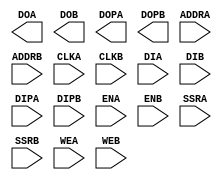
// $Header: /devl/xcs/repo/env/Databases/CAEInterfaces/verunilibs/data/unisims/RAMB16_S9_S18.v,v 1.9.158.2 2007/03/09 18:13:18 patrickp Exp $
///////////////////////////////////////////////////////////////////////////////
// Copyright (c) 1995/2005 Xilinx, Inc.
// All Right Reserved.
///////////////////////////////////////////////////////////////////////////////
//   ____  ____
//  /   /\/   /
// /___/  \  /    Vendor : Xilinx
// \   \   \/     Version : 8.1i (I.13)
//  \   \         Description : Xilinx Functional Simulation Library Component
//  /   /                  16K-Bit Data and 2K-Bit Parity Dual Port Block RAM
// /___/   /\     Filename : RAMB16_S9_S18.v
// \   \  /  \    Timestamp : Thu Mar 10 16:43:37 PST 2005
//  \___\/\___\
//
// Revision:
//    03/23/04 - Initial version.
// End Revision

`ifdef legacy_model

`timescale  1 ps / 1 ps

module RAMB16_S9_S18 (DOA, DOB, DOPA, DOPB, ADDRA, ADDRB, CLKA, CLKB, DIA, DIB, DIPA, DIPB, ENA, ENB, SSRA, SSRB, WEA, WEB);

    parameter INIT_A = 9'h0;
    parameter INIT_B = 18'h0;
    parameter SRVAL_A = 9'h0;
    parameter SRVAL_B = 18'h0;
    parameter WRITE_MODE_A = "WRITE_FIRST";
    parameter WRITE_MODE_B = "WRITE_FIRST";
    parameter SIM_COLLISION_CHECK = "ALL";
    localparam SETUP_ALL = 1000;
    localparam SETUP_READ_FIRST = 3000;

    parameter INIT_00 = 256'h0000000000000000000000000000000000000000000000000000000000000000;
    parameter INIT_01 = 256'h0000000000000000000000000000000000000000000000000000000000000000;
    parameter INIT_02 = 256'h0000000000000000000000000000000000000000000000000000000000000000;
    parameter INIT_03 = 256'h0000000000000000000000000000000000000000000000000000000000000000;
    parameter INIT_04 = 256'h0000000000000000000000000000000000000000000000000000000000000000;
    parameter INIT_05 = 256'h0000000000000000000000000000000000000000000000000000000000000000;
    parameter INIT_06 = 256'h0000000000000000000000000000000000000000000000000000000000000000;
    parameter INIT_07 = 256'h0000000000000000000000000000000000000000000000000000000000000000;
    parameter INIT_08 = 256'h0000000000000000000000000000000000000000000000000000000000000000;
    parameter INIT_09 = 256'h0000000000000000000000000000000000000000000000000000000000000000;
    parameter INIT_0A = 256'h0000000000000000000000000000000000000000000000000000000000000000;
    parameter INIT_0B = 256'h0000000000000000000000000000000000000000000000000000000000000000;
    parameter INIT_0C = 256'h0000000000000000000000000000000000000000000000000000000000000000;
    parameter INIT_0D = 256'h0000000000000000000000000000000000000000000000000000000000000000;
    parameter INIT_0E = 256'h0000000000000000000000000000000000000000000000000000000000000000;
    parameter INIT_0F = 256'h0000000000000000000000000000000000000000000000000000000000000000;
    parameter INIT_10 = 256'h0000000000000000000000000000000000000000000000000000000000000000;
    parameter INIT_11 = 256'h0000000000000000000000000000000000000000000000000000000000000000;
    parameter INIT_12 = 256'h0000000000000000000000000000000000000000000000000000000000000000;
    parameter INIT_13 = 256'h0000000000000000000000000000000000000000000000000000000000000000;
    parameter INIT_14 = 256'h0000000000000000000000000000000000000000000000000000000000000000;
    parameter INIT_15 = 256'h0000000000000000000000000000000000000000000000000000000000000000;
    parameter INIT_16 = 256'h0000000000000000000000000000000000000000000000000000000000000000;
    parameter INIT_17 = 256'h0000000000000000000000000000000000000000000000000000000000000000;
    parameter INIT_18 = 256'h0000000000000000000000000000000000000000000000000000000000000000;
    parameter INIT_19 = 256'h0000000000000000000000000000000000000000000000000000000000000000;
    parameter INIT_1A = 256'h0000000000000000000000000000000000000000000000000000000000000000;
    parameter INIT_1B = 256'h0000000000000000000000000000000000000000000000000000000000000000;
    parameter INIT_1C = 256'h0000000000000000000000000000000000000000000000000000000000000000;
    parameter INIT_1D = 256'h0000000000000000000000000000000000000000000000000000000000000000;
    parameter INIT_1E = 256'h0000000000000000000000000000000000000000000000000000000000000000;
    parameter INIT_1F = 256'h0000000000000000000000000000000000000000000000000000000000000000;
    parameter INIT_20 = 256'h0000000000000000000000000000000000000000000000000000000000000000;
    parameter INIT_21 = 256'h0000000000000000000000000000000000000000000000000000000000000000;
    parameter INIT_22 = 256'h0000000000000000000000000000000000000000000000000000000000000000;
    parameter INIT_23 = 256'h0000000000000000000000000000000000000000000000000000000000000000;
    parameter INIT_24 = 256'h0000000000000000000000000000000000000000000000000000000000000000;
    parameter INIT_25 = 256'h0000000000000000000000000000000000000000000000000000000000000000;
    parameter INIT_26 = 256'h0000000000000000000000000000000000000000000000000000000000000000;
    parameter INIT_27 = 256'h0000000000000000000000000000000000000000000000000000000000000000;
    parameter INIT_28 = 256'h0000000000000000000000000000000000000000000000000000000000000000;
    parameter INIT_29 = 256'h0000000000000000000000000000000000000000000000000000000000000000;
    parameter INIT_2A = 256'h0000000000000000000000000000000000000000000000000000000000000000;
    parameter INIT_2B = 256'h0000000000000000000000000000000000000000000000000000000000000000;
    parameter INIT_2C = 256'h0000000000000000000000000000000000000000000000000000000000000000;
    parameter INIT_2D = 256'h0000000000000000000000000000000000000000000000000000000000000000;
    parameter INIT_2E = 256'h0000000000000000000000000000000000000000000000000000000000000000;
    parameter INIT_2F = 256'h0000000000000000000000000000000000000000000000000000000000000000;
    parameter INIT_30 = 256'h0000000000000000000000000000000000000000000000000000000000000000;
    parameter INIT_31 = 256'h0000000000000000000000000000000000000000000000000000000000000000;
    parameter INIT_32 = 256'h0000000000000000000000000000000000000000000000000000000000000000;
    parameter INIT_33 = 256'h0000000000000000000000000000000000000000000000000000000000000000;
    parameter INIT_34 = 256'h0000000000000000000000000000000000000000000000000000000000000000;
    parameter INIT_35 = 256'h0000000000000000000000000000000000000000000000000000000000000000;
    parameter INIT_36 = 256'h0000000000000000000000000000000000000000000000000000000000000000;
    parameter INIT_37 = 256'h0000000000000000000000000000000000000000000000000000000000000000;
    parameter INIT_38 = 256'h0000000000000000000000000000000000000000000000000000000000000000;
    parameter INIT_39 = 256'h0000000000000000000000000000000000000000000000000000000000000000;
    parameter INIT_3A = 256'h0000000000000000000000000000000000000000000000000000000000000000;
    parameter INIT_3B = 256'h0000000000000000000000000000000000000000000000000000000000000000;
    parameter INIT_3C = 256'h0000000000000000000000000000000000000000000000000000000000000000;
    parameter INIT_3D = 256'h0000000000000000000000000000000000000000000000000000000000000000;
    parameter INIT_3E = 256'h0000000000000000000000000000000000000000000000000000000000000000;
    parameter INIT_3F = 256'h0000000000000000000000000000000000000000000000000000000000000000;
    parameter INITP_00 = 256'h0000000000000000000000000000000000000000000000000000000000000000;
    parameter INITP_01 = 256'h0000000000000000000000000000000000000000000000000000000000000000;
    parameter INITP_02 = 256'h0000000000000000000000000000000000000000000000000000000000000000;
    parameter INITP_03 = 256'h0000000000000000000000000000000000000000000000000000000000000000;
    parameter INITP_04 = 256'h0000000000000000000000000000000000000000000000000000000000000000;
    parameter INITP_05 = 256'h0000000000000000000000000000000000000000000000000000000000000000;
    parameter INITP_06 = 256'h0000000000000000000000000000000000000000000000000000000000000000;
    parameter INITP_07 = 256'h0000000000000000000000000000000000000000000000000000000000000000;

    output [7:0] DOA;
    output [0:0] DOPA;
    reg [7:0] doa_out;
    reg [0:0] dopa_out;
    wire doa_out0, doa_out1, doa_out2, doa_out3, doa_out4, doa_out5, doa_out6, doa_out7;
    wire dopa0_out;

    input [10:0] ADDRA;
    input [7:0] DIA;
    input [0:0] DIPA;
    input ENA, CLKA, WEA, SSRA;

    output [15:0] DOB;
    output [1:0] DOPB;
    reg [15:0] dob_out;
    reg [1:0] dopb_out;
    wire dob_out0, dob_out1, dob_out2, dob_out3, dob_out4, dob_out5, dob_out6, dob_out7, dob_out8, dob_out9, dob_out10, dob_out11, dob_out12, dob_out13, dob_out14, dob_out15;
    wire dopb0_out, dopb1_out;

    input [9:0] ADDRB;
    input [15:0] DIB;
    input [1:0] DIPB;
    input ENB, CLKB, WEB, SSRB;

    reg [18431:0] mem;
    reg [8:0] count;
    reg [1:0] wr_mode_a, wr_mode_b;

    reg [5:0] dmi, dbi;
    reg [5:0] pmi, pbi;

    wire [10:0] addra_int;
    reg [10:0] addra_reg;
    wire [7:0] dia_int;
    wire [0:0] dipa_int;
    wire ena_int, clka_int, wea_int, ssra_int;
    reg ena_reg, wea_reg, ssra_reg;
    wire [9:0] addrb_int;
    reg [9:0] addrb_reg;
    wire [15:0] dib_int;
    wire [1:0] dipb_int;
    wire enb_int, clkb_int, web_int, ssrb_int;
    reg display_flag;
    reg enb_reg, web_reg, ssrb_reg;

    time time_clka, time_clkb;
    time time_clka_clkb;
    time time_clkb_clka;

    reg setup_all_a_b;
    reg setup_all_b_a;
    reg setup_zero;
    reg setup_rf_a_b;
    reg setup_rf_b_a;
    reg [1:0] data_collision, data_collision_a_b, data_collision_b_a;
    reg memory_collision, memory_collision_a_b, memory_collision_b_a;
    reg address_collision, address_collision_a_b, address_collision_b_a;
    reg change_clka;
    reg change_clkb;

    wire [14:0] data_addra_int;
    wire [14:0] data_addra_reg;
    wire [14:0] data_addrb_int;
    wire [14:0] data_addrb_reg;
    wire [15:0] parity_addra_int;
    wire [15:0] parity_addra_reg;
    wire [15:0] parity_addrb_int;
    wire [15:0] parity_addrb_reg;

    tri0 GSR = glbl.GSR;

    always @(GSR)
	if (GSR) begin
	    assign doa_out = INIT_A[7:0];
	    assign dopa_out = INIT_A[8:8];
	    assign dob_out = INIT_B[15:0];
	    assign dopb_out = INIT_B[17:16];
	end
	else begin
	    deassign doa_out;
	    deassign dopa_out;
	    deassign dob_out;
	    deassign dopb_out;
	end

    buf b_doa_out0 (doa_out0, doa_out[0]);
    buf b_doa_out1 (doa_out1, doa_out[1]);
    buf b_doa_out2 (doa_out2, doa_out[2]);
    buf b_doa_out3 (doa_out3, doa_out[3]);
    buf b_doa_out4 (doa_out4, doa_out[4]);
    buf b_doa_out5 (doa_out5, doa_out[5]);
    buf b_doa_out6 (doa_out6, doa_out[6]);
    buf b_doa_out7 (doa_out7, doa_out[7]);
    buf b_dopa_out0 (dopa_out0, dopa_out[0]);
    buf b_dob_out0 (dob_out0, dob_out[0]);
    buf b_dob_out1 (dob_out1, dob_out[1]);
    buf b_dob_out2 (dob_out2, dob_out[2]);
    buf b_dob_out3 (dob_out3, dob_out[3]);
    buf b_dob_out4 (dob_out4, dob_out[4]);
    buf b_dob_out5 (dob_out5, dob_out[5]);
    buf b_dob_out6 (dob_out6, dob_out[6]);
    buf b_dob_out7 (dob_out7, dob_out[7]);
    buf b_dob_out8 (dob_out8, dob_out[8]);
    buf b_dob_out9 (dob_out9, dob_out[9]);
    buf b_dob_out10 (dob_out10, dob_out[10]);
    buf b_dob_out11 (dob_out11, dob_out[11]);
    buf b_dob_out12 (dob_out12, dob_out[12]);
    buf b_dob_out13 (dob_out13, dob_out[13]);
    buf b_dob_out14 (dob_out14, dob_out[14]);
    buf b_dob_out15 (dob_out15, dob_out[15]);
    buf b_dopb_out0 (dopb_out0, dopb_out[0]);
    buf b_dopb_out1 (dopb_out1, dopb_out[1]);

    buf b_doa0 (DOA[0], doa_out0);
    buf b_doa1 (DOA[1], doa_out1);
    buf b_doa2 (DOA[2], doa_out2);
    buf b_doa3 (DOA[3], doa_out3);
    buf b_doa4 (DOA[4], doa_out4);
    buf b_doa5 (DOA[5], doa_out5);
    buf b_doa6 (DOA[6], doa_out6);
    buf b_doa7 (DOA[7], doa_out7);
    buf b_dopa0 (DOPA[0], dopa_out0);
    buf b_dob0 (DOB[0], dob_out0);
    buf b_dob1 (DOB[1], dob_out1);
    buf b_dob2 (DOB[2], dob_out2);
    buf b_dob3 (DOB[3], dob_out3);
    buf b_dob4 (DOB[4], dob_out4);
    buf b_dob5 (DOB[5], dob_out5);
    buf b_dob6 (DOB[6], dob_out6);
    buf b_dob7 (DOB[7], dob_out7);
    buf b_dob8 (DOB[8], dob_out8);
    buf b_dob9 (DOB[9], dob_out9);
    buf b_dob10 (DOB[10], dob_out10);
    buf b_dob11 (DOB[11], dob_out11);
    buf b_dob12 (DOB[12], dob_out12);
    buf b_dob13 (DOB[13], dob_out13);
    buf b_dob14 (DOB[14], dob_out14);
    buf b_dob15 (DOB[15], dob_out15);
    buf b_dopb0 (DOPB[0], dopb_out0);
    buf b_dopb1 (DOPB[1], dopb_out1);

    buf b_addra_0 (addra_int[0], ADDRA[0]);
    buf b_addra_1 (addra_int[1], ADDRA[1]);
    buf b_addra_2 (addra_int[2], ADDRA[2]);
    buf b_addra_3 (addra_int[3], ADDRA[3]);
    buf b_addra_4 (addra_int[4], ADDRA[4]);
    buf b_addra_5 (addra_int[5], ADDRA[5]);
    buf b_addra_6 (addra_int[6], ADDRA[6]);
    buf b_addra_7 (addra_int[7], ADDRA[7]);
    buf b_addra_8 (addra_int[8], ADDRA[8]);
    buf b_addra_9 (addra_int[9], ADDRA[9]);
    buf b_addra_10 (addra_int[10], ADDRA[10]);
    buf b_dia_0 (dia_int[0], DIA[0]);
    buf b_dia_1 (dia_int[1], DIA[1]);
    buf b_dia_2 (dia_int[2], DIA[2]);
    buf b_dia_3 (dia_int[3], DIA[3]);
    buf b_dia_4 (dia_int[4], DIA[4]);
    buf b_dia_5 (dia_int[5], DIA[5]);
    buf b_dia_6 (dia_int[6], DIA[6]);
    buf b_dia_7 (dia_int[7], DIA[7]);
    buf b_dipa_0 (dipa_int[0], DIPA[0]);
    buf b_ena (ena_int, ENA);
    buf b_clka (clka_int, CLKA);
    buf b_ssra (ssra_int, SSRA);
    buf b_wea (wea_int, WEA);
    buf b_addrb_0 (addrb_int[0], ADDRB[0]);
    buf b_addrb_1 (addrb_int[1], ADDRB[1]);
    buf b_addrb_2 (addrb_int[2], ADDRB[2]);
    buf b_addrb_3 (addrb_int[3], ADDRB[3]);
    buf b_addrb_4 (addrb_int[4], ADDRB[4]);
    buf b_addrb_5 (addrb_int[5], ADDRB[5]);
    buf b_addrb_6 (addrb_int[6], ADDRB[6]);
    buf b_addrb_7 (addrb_int[7], ADDRB[7]);
    buf b_addrb_8 (addrb_int[8], ADDRB[8]);
    buf b_addrb_9 (addrb_int[9], ADDRB[9]);
    buf b_dib_0 (dib_int[0], DIB[0]);
    buf b_dib_1 (dib_int[1], DIB[1]);
    buf b_dib_2 (dib_int[2], DIB[2]);
    buf b_dib_3 (dib_int[3], DIB[3]);
    buf b_dib_4 (dib_int[4], DIB[4]);
    buf b_dib_5 (dib_int[5], DIB[5]);
    buf b_dib_6 (dib_int[6], DIB[6]);
    buf b_dib_7 (dib_int[7], DIB[7]);
    buf b_dib_8 (dib_int[8], DIB[8]);
    buf b_dib_9 (dib_int[9], DIB[9]);
    buf b_dib_10 (dib_int[10], DIB[10]);
    buf b_dib_11 (dib_int[11], DIB[11]);
    buf b_dib_12 (dib_int[12], DIB[12]);
    buf b_dib_13 (dib_int[13], DIB[13]);
    buf b_dib_14 (dib_int[14], DIB[14]);
    buf b_dib_15 (dib_int[15], DIB[15]);
    buf b_dipb_0 (dipb_int[0], DIPB[0]);
    buf b_dipb_1 (dipb_int[1], DIPB[1]);
    buf b_enb (enb_int, ENB);
    buf b_clkb (clkb_int, CLKB);
    buf b_ssrb (ssrb_int, SSRB);
    buf b_web (web_int, WEB);

    initial begin
	for (count = 0; count < 256; count = count + 1) begin
	    mem[count]		  <= INIT_00[count];
	    mem[256 * 1 + count]  <= INIT_01[count];
	    mem[256 * 2 + count]  <= INIT_02[count];
	    mem[256 * 3 + count]  <= INIT_03[count];
	    mem[256 * 4 + count]  <= INIT_04[count];
	    mem[256 * 5 + count]  <= INIT_05[count];
	    mem[256 * 6 + count]  <= INIT_06[count];
	    mem[256 * 7 + count]  <= INIT_07[count];
	    mem[256 * 8 + count]  <= INIT_08[count];
	    mem[256 * 9 + count]  <= INIT_09[count];
	    mem[256 * 10 + count] <= INIT_0A[count];
	    mem[256 * 11 + count] <= INIT_0B[count];
	    mem[256 * 12 + count] <= INIT_0C[count];
	    mem[256 * 13 + count] <= INIT_0D[count];
	    mem[256 * 14 + count] <= INIT_0E[count];
	    mem[256 * 15 + count] <= INIT_0F[count];
	    mem[256 * 16 + count] <= INIT_10[count];
	    mem[256 * 17 + count] <= INIT_11[count];
	    mem[256 * 18 + count] <= INIT_12[count];
	    mem[256 * 19 + count] <= INIT_13[count];
	    mem[256 * 20 + count] <= INIT_14[count];
	    mem[256 * 21 + count] <= INIT_15[count];
	    mem[256 * 22 + count] <= INIT_16[count];
	    mem[256 * 23 + count] <= INIT_17[count];
	    mem[256 * 24 + count] <= INIT_18[count];
	    mem[256 * 25 + count] <= INIT_19[count];
	    mem[256 * 26 + count] <= INIT_1A[count];
	    mem[256 * 27 + count] <= INIT_1B[count];
	    mem[256 * 28 + count] <= INIT_1C[count];
	    mem[256 * 29 + count] <= INIT_1D[count];
	    mem[256 * 30 + count] <= INIT_1E[count];
	    mem[256 * 31 + count] <= INIT_1F[count];
	    mem[256 * 32 + count] <= INIT_20[count];
	    mem[256 * 33 + count] <= INIT_21[count];
	    mem[256 * 34 + count] <= INIT_22[count];
	    mem[256 * 35 + count] <= INIT_23[count];
	    mem[256 * 36 + count] <= INIT_24[count];
	    mem[256 * 37 + count] <= INIT_25[count];
	    mem[256 * 38 + count] <= INIT_26[count];
	    mem[256 * 39 + count] <= INIT_27[count];
	    mem[256 * 40 + count] <= INIT_28[count];
	    mem[256 * 41 + count] <= INIT_29[count];
	    mem[256 * 42 + count] <= INIT_2A[count];
	    mem[256 * 43 + count] <= INIT_2B[count];
	    mem[256 * 44 + count] <= INIT_2C[count];
	    mem[256 * 45 + count] <= INIT_2D[count];
	    mem[256 * 46 + count] <= INIT_2E[count];
	    mem[256 * 47 + count] <= INIT_2F[count];
	    mem[256 * 48 + count] <= INIT_30[count];
	    mem[256 * 49 + count] <= INIT_31[count];
	    mem[256 * 50 + count] <= INIT_32[count];
	    mem[256 * 51 + count] <= INIT_33[count];
	    mem[256 * 52 + count] <= INIT_34[count];
	    mem[256 * 53 + count] <= INIT_35[count];
	    mem[256 * 54 + count] <= INIT_36[count];
	    mem[256 * 55 + count] <= INIT_37[count];
	    mem[256 * 56 + count] <= INIT_38[count];
	    mem[256 * 57 + count] <= INIT_39[count];
	    mem[256 * 58 + count] <= INIT_3A[count];
	    mem[256 * 59 + count] <= INIT_3B[count];
	    mem[256 * 60 + count] <= INIT_3C[count];
	    mem[256 * 61 + count] <= INIT_3D[count];
	    mem[256 * 62 + count] <= INIT_3E[count];
	    mem[256 * 63 + count] <= INIT_3F[count];
	    mem[256 * 64 + count] <= INITP_00[count];
	    mem[256 * 65 + count] <= INITP_01[count];
	    mem[256 * 66 + count] <= INITP_02[count];
	    mem[256 * 67 + count] <= INITP_03[count];
	    mem[256 * 68 + count] <= INITP_04[count];
	    mem[256 * 69 + count] <= INITP_05[count];
	    mem[256 * 70 + count] <= INITP_06[count];
	    mem[256 * 71 + count] <= INITP_07[count];
	end
	address_collision <= 0;
	address_collision_a_b <= 0;
	address_collision_b_a <= 0;
	change_clka <= 0;
	change_clkb <= 0;
	data_collision <= 0;
	data_collision_a_b <= 0;
	data_collision_b_a <= 0;
	memory_collision <= 0;
	memory_collision_a_b <= 0;
	memory_collision_b_a <= 0;
	setup_all_a_b <= 0;
	setup_all_b_a <= 0;
	setup_zero <= 0;
	setup_rf_a_b <= 0;
	setup_rf_b_a <= 0;
    end

    assign data_addra_int = addra_int * 8;
    assign data_addra_reg = addra_reg * 8;
    assign data_addrb_int = addrb_int * 16;
    assign data_addrb_reg = addrb_reg * 16;
    assign parity_addra_int = 16384 + addra_int * 1;
    assign parity_addra_reg = 16384 + addra_reg * 1;
    assign parity_addrb_int = 16384 + addrb_int * 2;
    assign parity_addrb_reg = 16384 + addrb_reg * 2;


    initial begin

	display_flag = 1;

	case (SIM_COLLISION_CHECK)

	    "NONE" : begin
		         assign setup_all_a_b = 1'b0;
	                 assign setup_all_b_a = 1'b0;
	                 assign setup_zero = 1'b0;
	                 assign setup_rf_a_b = 1'b0;
	                 assign setup_rf_b_a = 1'b0;
	                 assign display_flag = 0;
	             end
	    "WARNING_ONLY" : begin
		                 assign data_collision = 2'b00;
	                         assign data_collision_a_b = 2'b00;
	                         assign data_collision_b_a = 2'b00;
	                         assign memory_collision = 1'b0;
	                         assign memory_collision_a_b = 1'b0;
	                         assign memory_collision_b_a = 1'b0;
	                     end
	    "GENERATE_X_ONLY" : begin
		                    assign display_flag = 0;
	                        end
	    "ALL" : ;
	    default : begin
		          $display("Attribute Syntax Error : The Attribute SIM_COLLISION_CHECK on RAMB16_S9_S18 instance %m is set to %s.  Legal values for this attribute are ALL, NONE, WARNING_ONLY or GENERATE_X_ONLY.", SIM_COLLISION_CHECK);
		          $finish;
	              end

	endcase // case(SIM_COLLISION_CHECK)

    end // initial begin


    always @(posedge clka_int) begin
	time_clka = $time;
	#0 time_clkb_clka = time_clka - time_clkb;
	change_clka = ~change_clka;
    end

    always @(posedge clkb_int) begin
	time_clkb = $time;
	#0 time_clka_clkb = time_clkb - time_clka;
	change_clkb = ~change_clkb;
    end

    always @(change_clkb) begin
	if ((0 < time_clka_clkb) && (time_clka_clkb < SETUP_ALL))
	    setup_all_a_b = 1;
	if ((0 < time_clka_clkb) && (time_clka_clkb < SETUP_READ_FIRST))
	    setup_rf_a_b = 1;
    end

    always @(change_clka) begin
	if ((0 < time_clkb_clka) && (time_clkb_clka < SETUP_ALL))
	    setup_all_b_a = 1;
	if ((0 < time_clkb_clka) && (time_clkb_clka < SETUP_READ_FIRST))
	    setup_rf_b_a = 1;
    end

    always @(change_clkb or change_clka) begin
	if ((time_clkb_clka == 0) && (time_clka_clkb == 0))
	    setup_zero = 1;
    end

    always @(posedge setup_zero) begin
	if ((ena_int == 1) && (wea_int == 1) &&
	    (enb_int == 1) && (web_int == 1) &&
	    (data_addra_int[14:4] == data_addrb_int[14:4]))
	    memory_collision <= 1;
    end

    always @(posedge setup_all_a_b or posedge setup_rf_a_b) begin
	if ((ena_reg == 1) && (wea_reg == 1) &&
	    (enb_int == 1) && (web_int == 1) &&
	    (data_addra_reg[14:4] == data_addrb_int[14:4]))
	    memory_collision_a_b <= 1;
    end

    always @(posedge setup_all_b_a or posedge setup_rf_b_a) begin
	if ((ena_int == 1) && (wea_int == 1) &&
	    (enb_reg == 1) && (web_reg == 1) &&
	    (data_addra_int[14:4] == data_addrb_reg[14:4]))
	    memory_collision_b_a <= 1;
    end

    always @(posedge setup_all_a_b) begin
	if (data_addra_reg[14:4] == data_addrb_int[14:4]) begin
	if ((ena_reg == 1) && (enb_int == 1)) begin
	    case ({wr_mode_a, wr_mode_b, wea_reg, web_int})
		6'b000011 : begin data_collision_a_b <= 2'b11; display_wa_wb; end
		6'b000111 : begin data_collision_a_b <= 2'b11; display_wa_wb; end
		6'b001011 : begin data_collision_a_b <= 2'b10; display_wa_wb; end
//		6'b010011 : begin data_collision_a_b <= 2'b00; display_wa_wb; end
//		6'b010111 : begin data_collision_a_b <= 2'b00; display_wa_wb; end
//		6'b011011 : begin data_collision_a_b <= 2'b00; display_wa_wb; end
		6'b100011 : begin data_collision_a_b <= 2'b01; display_wa_wb; end
		6'b100111 : begin data_collision_a_b <= 2'b01; display_wa_wb; end
		6'b101011 : begin display_wa_wb; end
		6'b000001 : begin data_collision_a_b <= 2'b10; display_ra_wb; end
//		6'b000101 : begin data_collision_a_b <= 2'b00; display_ra_wb; end
		6'b001001 : begin data_collision_a_b <= 2'b10; display_ra_wb; end
		6'b010001 : begin data_collision_a_b <= 2'b10; display_ra_wb; end
//		6'b010101 : begin data_collision_a_b <= 2'b00; display_ra_wb; end
		6'b011001 : begin data_collision_a_b <= 2'b10; display_ra_wb; end
		6'b100001 : begin data_collision_a_b <= 2'b10; display_ra_wb; end
//		6'b100101 : begin data_collision_a_b <= 2'b00; display_ra_wb; end
		6'b101001 : begin data_collision_a_b <= 2'b10; display_ra_wb; end
		6'b000010 : begin data_collision_a_b <= 2'b01; display_wa_rb; end
		6'b000110 : begin data_collision_a_b <= 2'b01; display_wa_rb; end
		6'b001010 : begin data_collision_a_b <= 2'b01; display_wa_rb; end
//		6'b010010 : begin data_collision_a_b <= 2'b00; display_wa_rb; end
//		6'b010110 : begin data_collision_a_b <= 2'b00; display_wa_rb; end
//		6'b011010 : begin data_collision_a_b <= 2'b00; display_wa_rb; end
		6'b100010 : begin data_collision_a_b <= 2'b01; display_wa_rb; end
		6'b100110 : begin data_collision_a_b <= 2'b01; display_wa_rb; end
		6'b101010 : begin data_collision_a_b <= 2'b01; display_wa_rb; end
	    endcase
	end
	end
	setup_all_a_b <= 0;
    end


    always @(posedge setup_all_b_a) begin
	if (data_addra_int[14:4] == data_addrb_reg[14:4]) begin
	if ((ena_int == 1) && (enb_reg == 1)) begin
	    case ({wr_mode_a, wr_mode_b, wea_int, web_reg})
		6'b000011 : begin data_collision_b_a <= 2'b11; display_wa_wb; end
//		6'b000111 : begin data_collision_b_a <= 2'b00; display_wa_wb; end
		6'b001011 : begin data_collision_b_a <= 2'b10; display_wa_wb; end
		6'b010011 : begin data_collision_b_a <= 2'b11; display_wa_wb; end
//		6'b010111 : begin data_collision_b_a <= 2'b00; display_wa_wb; end
		6'b011011 : begin data_collision_b_a <= 2'b10; display_wa_wb; end
		6'b100011 : begin data_collision_b_a <= 2'b01; display_wa_wb; end
		6'b100111 : begin data_collision_b_a <= 2'b01; display_wa_wb; end
		6'b101011 : begin display_wa_wb; end
		6'b000001 : begin data_collision_b_a <= 2'b10; display_ra_wb; end
		6'b000101 : begin data_collision_b_a <= 2'b10; display_ra_wb; end
		6'b001001 : begin data_collision_b_a <= 2'b10; display_ra_wb; end
		6'b010001 : begin data_collision_b_a <= 2'b10; display_ra_wb; end
		6'b010101 : begin data_collision_b_a <= 2'b10; display_ra_wb; end
		6'b011001 : begin data_collision_b_a <= 2'b10; display_ra_wb; end
		6'b100001 : begin data_collision_b_a <= 2'b10; display_ra_wb; end
		6'b100101 : begin data_collision_b_a <= 2'b10; display_ra_wb; end
		6'b101001 : begin data_collision_b_a <= 2'b10; display_ra_wb; end
		6'b000010 : begin data_collision_b_a <= 2'b01; display_wa_rb; end
		6'b000110 : begin data_collision_b_a <= 2'b01; display_wa_rb; end
		6'b001010 : begin data_collision_b_a <= 2'b01; display_wa_rb; end
//		6'b010010 : begin data_collision_b_a <= 2'b00; display_wa_rb; end
//		6'b010110 : begin data_collision_b_a <= 2'b00; display_wa_rb; end
//		6'b011010 : begin data_collision_b_a <= 2'b00; display_wa_rb; end
		6'b100010 : begin data_collision_b_a <= 2'b01; display_wa_rb; end
		6'b100110 : begin data_collision_b_a <= 2'b01; display_wa_rb; end
		6'b101010 : begin data_collision_b_a <= 2'b01; display_wa_rb; end
	    endcase
	end
	end
	setup_all_b_a <= 0;
    end


    always @(posedge setup_zero) begin
	if (data_addra_int[14:4] == data_addrb_int[14:4]) begin
	if ((ena_int == 1) && (enb_int == 1)) begin
	    case ({wr_mode_a, wr_mode_b, wea_int, web_int})
		6'b000011 : begin data_collision <= 2'b11; display_wa_wb; end
		6'b000111 : begin data_collision <= 2'b11; display_wa_wb; end
		6'b001011 : begin data_collision <= 2'b10; display_wa_wb; end
		6'b010011 : begin data_collision <= 2'b11; display_wa_wb; end
		6'b010111 : begin data_collision <= 2'b11; display_wa_wb; end
		6'b011011 : begin data_collision <= 2'b10; display_wa_wb; end
		6'b100011 : begin data_collision <= 2'b01; display_wa_wb; end
		6'b100111 : begin data_collision <= 2'b01; display_wa_wb; end
		6'b101011 : begin display_wa_wb; end
		6'b000001 : begin data_collision <= 2'b10; display_ra_wb; end
//		6'b000101 : begin data_collision <= 2'b00; display_ra_wb; end
		6'b001001 : begin data_collision <= 2'b10; display_ra_wb; end
		6'b010001 : begin data_collision <= 2'b10; display_ra_wb; end
//		6'b010101 : begin data_collision <= 2'b00; display_ra_wb; end
		6'b011001 : begin data_collision <= 2'b10; display_ra_wb; end
		6'b100001 : begin data_collision <= 2'b10; display_ra_wb; end
//		6'b100101 : begin data_collision <= 2'b00; display_ra_wb; end
		6'b101001 : begin data_collision <= 2'b10; display_ra_wb; end
		6'b000010 : begin data_collision <= 2'b01; display_wa_rb; end
		6'b000110 : begin data_collision <= 2'b01; display_wa_rb; end
		6'b001010 : begin data_collision <= 2'b01; display_wa_rb; end
//		6'b010010 : begin data_collision <= 2'b00; display_wa_rb; end
//		6'b010110 : begin data_collision <= 2'b00; display_wa_rb; end
//		6'b011010 : begin data_collision <= 2'b00; display_wa_rb; end
		6'b100010 : begin data_collision <= 2'b01; display_wa_rb; end
		6'b100110 : begin data_collision <= 2'b01; display_wa_rb; end
		6'b101010 : begin data_collision <= 2'b01; display_wa_rb; end
	    endcase
	end
	end
	setup_zero <= 0;
    end

    task display_ra_wb;
    begin
	if (display_flag)
        $display("Memory Collision Error on RAMB16_S9_S18:%m at simulation time %.3f ns\nA read was performed on address %h (hex) of Port A while a write was requested to the same address on Port B. The write will be successful however the read value on Port A is unknown until the next CLKA cycle.", $time/1000.0, addra_int);
    end
    endtask

    task display_wa_rb;
    begin
	if (display_flag)
        $display("Memory Collision Error on RAMB16_S9_S18:%m at simulation time %.3f ns\nA read was performed on address %h (hex) of Port B while a write was requested to the same address on Port A. The write will be successful however the read value on Port B is unknown until the next CLKB cycle.", $time/1000.0, addrb_int);
    end
    endtask

    task display_wa_wb;
    begin
	if (display_flag)
        $display("Memory Collision Error on RAMB16_S9_S18:%m at simulation time %.3f ns\nA write was requested to the same address simultaneously at both Port A and Port B of the RAM. The contents written to the RAM at address location %h (hex) of Port A and address location %h (hex) of Port B are unknown.", $time/1000.0, addra_int, addrb_int);
    end
    endtask


    always @(posedge setup_rf_a_b) begin
	if (data_addra_reg[14:4] == data_addrb_int[14:4]) begin
	if ((ena_reg == 1) && (enb_int == 1)) begin
	    case ({wr_mode_a, wr_mode_b, wea_reg, web_int})
//		6'b000011 : begin data_collision_a_b <= 2'b00; display_wa_wb; end
//		6'b000111 : begin data_collision_a_b <= 2'b00; display_wa_wb; end
//		6'b001011 : begin data_collision_a_b <= 2'b00; display_wa_wb; end
		6'b010011 : begin data_collision_a_b <= 2'b11; display_wa_wb; end
		6'b010111 : begin data_collision_a_b <= 2'b11; display_wa_wb; end
		6'b011011 : begin data_collision_a_b <= 2'b10; display_wa_wb; end
//		6'b100011 : begin data_collision_a_b <= 2'b00; display_wa_wb; end
//		6'b100111 : begin data_collision_a_b <= 2'b00; display_wa_wb; end
//		6'b101011 : begin data_collision_a_b <= 2'b00; display_wa_wb; end
//		6'b000001 : begin data_collision_a_b <= 2'b00; display_ra_wb; end
//		6'b000101 : begin data_collision_a_b <= 2'b00; display_ra_wb; end
//		6'b001001 : begin data_collision_a_b <= 2'b00; display_ra_wb; end
//		6'b010001 : begin data_collision_a_b <= 2'b00; display_ra_wb; end
//		6'b010101 : begin data_collision_a_b <= 2'b00; display_ra_wb; end
//		6'b011001 : begin data_collision_a_b <= 2'b00; display_ra_wb; end
//		6'b100001 : begin data_collision_a_b <= 2'b00; display_ra_wb; end
//		6'b100101 : begin data_collision_a_b <= 2'b00; display_ra_wb; end
//		6'b101001 : begin data_collision_a_b <= 2'b00; display_ra_wb; end
//		6'b000010 : begin data_collision_a_b <= 2'b00; display_wa_rb; end
//		6'b000110 : begin data_collision_a_b <= 2'b00; display_wa_rb; end
//		6'b001010 : begin data_collision_a_b <= 2'b00; display_wa_rb; end
		6'b010010 : begin data_collision_a_b <= 2'b01; display_wa_rb; end
		6'b010110 : begin data_collision_a_b <= 2'b01; display_wa_rb; end
		6'b011010 : begin data_collision_a_b <= 2'b01; display_wa_rb; end
//		6'b100010 : begin data_collision_a_b <= 2'b00; display_wa_rb; end
//		6'b100110 : begin data_collision_a_b <= 2'b00; display_wa_rb; end
//		6'b101010 : begin data_collision_a_b <= 2'b00; display_wa_rb; end
	    endcase
	end
	end
	setup_rf_a_b <= 0;
    end


    always @(posedge setup_rf_b_a) begin
	if (data_addra_int[14:4] == data_addrb_reg[14:4]) begin
	if ((ena_int == 1) && (enb_reg == 1)) begin
	    case ({wr_mode_a, wr_mode_b, wea_int, web_reg})
//		6'b000011 : begin data_collision_b_a <= 2'b00; display_wa_wb; end
		6'b000111 : begin data_collision_b_a <= 2'b11; display_wa_wb; end
//		6'b001011 : begin data_collision_b_a <= 2'b00; display_wa_wb; end
//		6'b010011 : begin data_collision_b_a <= 2'b00; display_wa_wb; end
		6'b010111 : begin data_collision_b_a <= 2'b11; display_wa_wb; end
//		6'b011011 : begin data_collision_b_a <= 2'b00; display_wa_wb; end
//		6'b100011 : begin data_collision_b_a <= 2'b00; display_wa_wb; end
		6'b100111 : begin data_collision_b_a <= 2'b01; display_wa_wb; end
//		6'b101011 : begin data_collision_b_a <= 2'b00; display_wa_wb; end
//		6'b000001 : begin data_collision_b_a <= 2'b00; display_ra_wb; end
		6'b000101 : begin data_collision_b_a <= 2'b10; display_ra_wb; end
//		6'b001001 : begin data_collision_b_a <= 2'b00; display_ra_wb; end
//		6'b010001 : begin data_collision_b_a <= 2'b00; display_ra_wb; end
		6'b010101 : begin data_collision_b_a <= 2'b10; display_ra_wb; end
//		6'b011001 : begin data_collision_b_a <= 2'b00; display_ra_wb; end
//		6'b100001 : begin data_collision_b_a <= 2'b00; display_ra_wb; end
		6'b100101 : begin data_collision_b_a <= 2'b10; display_ra_wb; end
//		6'b101001 : begin data_collision_b_a <= 2'b00; display_ra_wb; end
//		6'b000010 : begin data_collision_b_a <= 2'b00; display_wa_rb; end
//		6'b000110 : begin data_collision_b_a <= 2'b00; display_wa_rb; end
//		6'b001010 : begin data_collision_b_a <= 2'b00; display_wa_rb; end
//		6'b010010 : begin data_collision_b_a <= 2'b00; display_wa_rb; end
//		6'b010110 : begin data_collision_b_a <= 2'b00; display_wa_rb; end
//		6'b011010 : begin data_collision_b_a <= 2'b00; display_wa_rb; end
//		6'b100010 : begin data_collision_b_a <= 2'b00; display_wa_rb; end
//		6'b100110 : begin data_collision_b_a <= 2'b00; display_wa_rb; end
//		6'b101010 : begin data_collision_b_a <= 2'b00; display_wa_rb; end
	    endcase
	end
	end
	setup_rf_b_a <= 0;
    end


    always @(posedge clka_int) begin
	addra_reg <= addra_int;
	ena_reg <= ena_int;
	ssra_reg <= ssra_int;
	wea_reg <= wea_int;
    end

    always @(posedge clkb_int) begin
	addrb_reg <= addrb_int;
	enb_reg <= enb_int;
	ssrb_reg <= ssrb_int;
	web_reg <= web_int;
    end

    // Data
    always @(posedge memory_collision) begin
	for (dmi = 0; dmi < 8; dmi = dmi + 1) begin
	    mem[data_addra_int + dmi] <= 1'bX;
	end
	memory_collision <= 0;
    end

    always @(posedge memory_collision_a_b) begin
	for (dmi = 0; dmi < 8; dmi = dmi + 1) begin
	    mem[data_addra_reg + dmi] <= 1'bX;
	end
	memory_collision_a_b <= 0;
    end

    always @(posedge memory_collision_b_a) begin
	for (dmi = 0; dmi < 8; dmi = dmi + 1) begin
	    mem[data_addra_int + dmi] <= 1'bX;
	end
	memory_collision_b_a <= 0;
    end

    always @(posedge data_collision[1]) begin
	if (ssra_int == 0) begin
	    doa_out <= 8'bX;
	end
	data_collision[1] <= 0;
    end

    always @(posedge data_collision[0]) begin
	if (ssrb_int == 0) begin
	    for (dbi = 0; dbi < 8; dbi = dbi + 1) begin
		dob_out[data_addra_int[3 : 0] + dbi] <= 1'bX;
	    end
	end
	data_collision[0] <= 0;
    end

    always @(posedge data_collision_a_b[1]) begin
	if (ssra_reg == 0) begin
	    doa_out <= 8'bX;
	end
	data_collision_a_b[1] <= 0;
    end

    always @(posedge data_collision_a_b[0]) begin
	if (ssrb_int == 0) begin
	    for (dbi = 0; dbi < 8; dbi = dbi + 1) begin
		dob_out[data_addra_reg[3 : 0] + dbi] <= 1'bX;
	    end
	end
	data_collision_a_b[0] <= 0;
    end

    always @(posedge data_collision_b_a[1]) begin
	if (ssra_int == 0) begin
	    doa_out <= 8'bX;
	end
	data_collision_b_a[1] <= 0;
    end

    always @(posedge data_collision_b_a[0]) begin
	if (ssrb_reg == 0) begin
	    for (dbi = 0; dbi < 8; dbi = dbi + 1) begin
		dob_out[data_addra_int[3 : 0] + dbi] <= 1'bX;
	    end
	end
	data_collision_b_a[0] <= 0;
    end


    // Parity
    always @(posedge memory_collision) begin
	for (pmi = 0; pmi < 1; pmi = pmi + 1) begin
	    mem[parity_addra_int + pmi] <= 1'bX;
	end
    end

    always @(posedge memory_collision_a_b) begin
	for (pmi = 0; pmi < 1; pmi = pmi + 1) begin
	    mem[parity_addra_reg + pmi] <= 1'bX;
	end
    end

    always @(posedge memory_collision_b_a) begin
	for (pmi = 0; pmi < 1; pmi = pmi + 1) begin
	    mem[parity_addra_int + pmi] <= 1'bX;
	end
    end

    always @(posedge data_collision[1]) begin
	if (ssra_int == 0) begin
	    dopa_out <= 1'bX;
	end
    end

    always @(posedge data_collision[0]) begin
	if (ssrb_int == 0) begin
	    for (pbi = 0; pbi < 1; pbi = pbi + 1) begin
		dopb_out[parity_addra_int[0 : 0] + pbi] <= 1'bX;
	    end
	end
    end

    always @(posedge data_collision_a_b[1]) begin
	if (ssra_reg == 0) begin
	    dopa_out <= 1'bX;
	end
    end

    always @(posedge data_collision_a_b[0]) begin
	if (ssrb_int == 0) begin
	    for (pbi = 0; pbi < 1; pbi = pbi + 1) begin
		dopb_out[parity_addra_reg[0 : 0] + pbi] <= 1'bX;
	    end
	end
    end

    always @(posedge data_collision_b_a[1]) begin
	if (ssra_int == 0) begin
	    dopa_out <= 1'bX;
	end
    end

    always @(posedge data_collision_b_a[0]) begin
	if (ssrb_reg == 0) begin
	    for (pbi = 0; pbi < 1; pbi = pbi + 1) begin
		dopb_out[parity_addra_int[0 : 0] + pbi] <= 1'bX;
	    end
	end
    end


    initial begin
	case (WRITE_MODE_A)
	    "WRITE_FIRST" : wr_mode_a <= 2'b00;
	    "READ_FIRST"  : wr_mode_a <= 2'b01;
	    "NO_CHANGE"   : wr_mode_a <= 2'b10;
	    default       : begin
				$display("Attribute Syntax Error : The Attribute WRITE_MODE_A on RAMB16_S9_S18 instance %m is set to %s.  Legal values for this attribute are WRITE_FIRST, READ_FIRST or NO_CHANGE.", WRITE_MODE_A);
				$finish;
			    end
	endcase
    end

    initial begin
	case (WRITE_MODE_B)
	    "WRITE_FIRST" : wr_mode_b <= 2'b00;
	    "READ_FIRST"  : wr_mode_b <= 2'b01;
	    "NO_CHANGE"   : wr_mode_b <= 2'b10;
	    default       : begin
				$display("Attribute Syntax Error : The Attribute WRITE_MODE_B on RAMB16_S9_S18 instance %m is set to %s.  Legal values for this attribute are WRITE_FIRST, READ_FIRST or NO_CHANGE.", WRITE_MODE_B);
				$finish;
			    end
	endcase
    end

    // Port A
    always @(posedge clka_int) begin
	if (ena_int == 1'b1) begin
	    if (ssra_int == 1'b1) begin
		doa_out[0] <= SRVAL_A[0];
		doa_out[1] <= SRVAL_A[1];
		doa_out[2] <= SRVAL_A[2];
		doa_out[3] <= SRVAL_A[3];
		doa_out[4] <= SRVAL_A[4];
		doa_out[5] <= SRVAL_A[5];
		doa_out[6] <= SRVAL_A[6];
		doa_out[7] <= SRVAL_A[7];
		dopa_out[0] <= SRVAL_A[8];
	    end
	    else begin
		if (wea_int == 1'b1) begin
		    if (wr_mode_a == 2'b00) begin
			doa_out <= dia_int;
			dopa_out <= dipa_int;
		    end
		    else if (wr_mode_a == 2'b01) begin
			doa_out[0] <= mem[data_addra_int + 0];
			doa_out[1] <= mem[data_addra_int + 1];
			doa_out[2] <= mem[data_addra_int + 2];
			doa_out[3] <= mem[data_addra_int + 3];
			doa_out[4] <= mem[data_addra_int + 4];
			doa_out[5] <= mem[data_addra_int + 5];
			doa_out[6] <= mem[data_addra_int + 6];
			doa_out[7] <= mem[data_addra_int + 7];
			dopa_out[0] <= mem[parity_addra_int + 0];
		    end
		end
		else begin
		    doa_out[0] <= mem[data_addra_int + 0];
		    doa_out[1] <= mem[data_addra_int + 1];
		    doa_out[2] <= mem[data_addra_int + 2];
		    doa_out[3] <= mem[data_addra_int + 3];
		    doa_out[4] <= mem[data_addra_int + 4];
		    doa_out[5] <= mem[data_addra_int + 5];
		    doa_out[6] <= mem[data_addra_int + 6];
		    doa_out[7] <= mem[data_addra_int + 7];
		    dopa_out[0] <= mem[parity_addra_int + 0];
		end
	    end
	end
    end

    always @(posedge clka_int) begin
	if (ena_int == 1'b1 && wea_int == 1'b1) begin
	    mem[data_addra_int + 0] <= dia_int[0];
	    mem[data_addra_int + 1] <= dia_int[1];
	    mem[data_addra_int + 2] <= dia_int[2];
	    mem[data_addra_int + 3] <= dia_int[3];
	    mem[data_addra_int + 4] <= dia_int[4];
	    mem[data_addra_int + 5] <= dia_int[5];
	    mem[data_addra_int + 6] <= dia_int[6];
	    mem[data_addra_int + 7] <= dia_int[7];
	    mem[parity_addra_int + 0] <= dipa_int[0];
	end
    end

    // Port B
    always @(posedge clkb_int) begin
	if (enb_int == 1'b1) begin
	    if (ssrb_int == 1'b1) begin
		dob_out[0] <= SRVAL_B[0];
		dob_out[1] <= SRVAL_B[1];
		dob_out[2] <= SRVAL_B[2];
		dob_out[3] <= SRVAL_B[3];
		dob_out[4] <= SRVAL_B[4];
		dob_out[5] <= SRVAL_B[5];
		dob_out[6] <= SRVAL_B[6];
		dob_out[7] <= SRVAL_B[7];
		dob_out[8] <= SRVAL_B[8];
		dob_out[9] <= SRVAL_B[9];
		dob_out[10] <= SRVAL_B[10];
		dob_out[11] <= SRVAL_B[11];
		dob_out[12] <= SRVAL_B[12];
		dob_out[13] <= SRVAL_B[13];
		dob_out[14] <= SRVAL_B[14];
		dob_out[15] <= SRVAL_B[15];
		dopb_out[0] <= SRVAL_B[16];
		dopb_out[1] <= SRVAL_B[17];
	    end
	    else begin
		if (web_int == 1'b1) begin
		    if (wr_mode_b == 2'b00) begin
			dob_out <= dib_int;
			dopb_out <= dipb_int;
		    end
		    else if (wr_mode_b == 2'b01) begin
			dob_out[0] <= mem[data_addrb_int + 0];
			dob_out[1] <= mem[data_addrb_int + 1];
			dob_out[2] <= mem[data_addrb_int + 2];
			dob_out[3] <= mem[data_addrb_int + 3];
			dob_out[4] <= mem[data_addrb_int + 4];
			dob_out[5] <= mem[data_addrb_int + 5];
			dob_out[6] <= mem[data_addrb_int + 6];
			dob_out[7] <= mem[data_addrb_int + 7];
			dob_out[8] <= mem[data_addrb_int + 8];
			dob_out[9] <= mem[data_addrb_int + 9];
			dob_out[10] <= mem[data_addrb_int + 10];
			dob_out[11] <= mem[data_addrb_int + 11];
			dob_out[12] <= mem[data_addrb_int + 12];
			dob_out[13] <= mem[data_addrb_int + 13];
			dob_out[14] <= mem[data_addrb_int + 14];
			dob_out[15] <= mem[data_addrb_int + 15];
			dopb_out[0] <= mem[parity_addrb_int + 0];
			dopb_out[1] <= mem[parity_addrb_int + 1];
		    end
		end
		else begin
		    dob_out[0] <= mem[data_addrb_int + 0];
		    dob_out[1] <= mem[data_addrb_int + 1];
		    dob_out[2] <= mem[data_addrb_int + 2];
		    dob_out[3] <= mem[data_addrb_int + 3];
		    dob_out[4] <= mem[data_addrb_int + 4];
		    dob_out[5] <= mem[data_addrb_int + 5];
		    dob_out[6] <= mem[data_addrb_int + 6];
		    dob_out[7] <= mem[data_addrb_int + 7];
		    dob_out[8] <= mem[data_addrb_int + 8];
		    dob_out[9] <= mem[data_addrb_int + 9];
		    dob_out[10] <= mem[data_addrb_int + 10];
		    dob_out[11] <= mem[data_addrb_int + 11];
		    dob_out[12] <= mem[data_addrb_int + 12];
		    dob_out[13] <= mem[data_addrb_int + 13];
		    dob_out[14] <= mem[data_addrb_int + 14];
		    dob_out[15] <= mem[data_addrb_int + 15];
		    dopb_out[0] <= mem[parity_addrb_int + 0];
		    dopb_out[1] <= mem[parity_addrb_int + 1];
		end
	    end
	end
    end

    always @(posedge clkb_int) begin
	if (enb_int == 1'b1 && web_int == 1'b1) begin
	    mem[data_addrb_int + 0] <= dib_int[0];
	    mem[data_addrb_int + 1] <= dib_int[1];
	    mem[data_addrb_int + 2] <= dib_int[2];
	    mem[data_addrb_int + 3] <= dib_int[3];
	    mem[data_addrb_int + 4] <= dib_int[4];
	    mem[data_addrb_int + 5] <= dib_int[5];
	    mem[data_addrb_int + 6] <= dib_int[6];
	    mem[data_addrb_int + 7] <= dib_int[7];
	    mem[data_addrb_int + 8] <= dib_int[8];
	    mem[data_addrb_int + 9] <= dib_int[9];
	    mem[data_addrb_int + 10] <= dib_int[10];
	    mem[data_addrb_int + 11] <= dib_int[11];
	    mem[data_addrb_int + 12] <= dib_int[12];
	    mem[data_addrb_int + 13] <= dib_int[13];
	    mem[data_addrb_int + 14] <= dib_int[14];
	    mem[data_addrb_int + 15] <= dib_int[15];
	    mem[parity_addrb_int + 0] <= dipb_int[0];
	    mem[parity_addrb_int + 1] <= dipb_int[1];
	end
    end

    specify
	(CLKA *> DOA) = (100, 100);
	(CLKA *> DOPA) = (100, 100);
	(CLKB *> DOB) = (100, 100);
	(CLKB *> DOPB) = (100, 100);
    endspecify

endmodule

`else

// $Header: /devl/xcs/repo/env/Databases/CAEInterfaces/verunilibs/data/unisims/RAMB16_S9_S18.v,v 1.9.158.2 2007/03/09 18:13:18 patrickp Exp $
///////////////////////////////////////////////////////////////////////////////
// Copyright (c) 1995/2005 Xilinx, Inc.
// All Right Reserved.
///////////////////////////////////////////////////////////////////////////////
//   ____  ____
//  /   /\/   /
// /___/  \  /    Vendor : Xilinx
// \   \   \/     Version : 8.1i (I.13)
//  \   \         Description : Xilinx Timing Simulation Library Component
//  /   /                  16K-Bit Data and 2K-Bit Parity Dual Port Block RAM
// /___/   /\     Filename : RAMB16_S9_S18.v
// \   \  /  \    Timestamp : Thu Mar 10 16:44:01 PST 2005
//  \___\/\___\
//
// Revision:
//    03/23/04 - Initial version.
//    03/10/05 - Initialized outputs.
//    02/21/07 - Fixed parameter SIM_COLLISION_CHECK (CR 433281).
// End Revision

`timescale 1 ps/1 ps

module RAMB16_S9_S18 (DOA, DOB, DOPA, DOPB, ADDRA, ADDRB, CLKA, CLKB, DIA, DIB, DIPA, DIPB, ENA, ENB, SSRA, SSRB, WEA, WEB);

    parameter INIT_A = 9'h0;
    parameter INIT_B = 18'h0;
    parameter SRVAL_A = 9'h0;
    parameter SRVAL_B = 18'h0;
    parameter WRITE_MODE_A = "WRITE_FIRST";
    parameter WRITE_MODE_B = "WRITE_FIRST";
    parameter SIM_COLLISION_CHECK = "ALL";
    localparam SETUP_ALL = 1000;
    localparam SETUP_READ_FIRST = 3000;

    parameter INIT_00 = 256'h0000000000000000000000000000000000000000000000000000000000000000;
    parameter INIT_01 = 256'h0000000000000000000000000000000000000000000000000000000000000000;
    parameter INIT_02 = 256'h0000000000000000000000000000000000000000000000000000000000000000;
    parameter INIT_03 = 256'h0000000000000000000000000000000000000000000000000000000000000000;
    parameter INIT_04 = 256'h0000000000000000000000000000000000000000000000000000000000000000;
    parameter INIT_05 = 256'h0000000000000000000000000000000000000000000000000000000000000000;
    parameter INIT_06 = 256'h0000000000000000000000000000000000000000000000000000000000000000;
    parameter INIT_07 = 256'h0000000000000000000000000000000000000000000000000000000000000000;
    parameter INIT_08 = 256'h0000000000000000000000000000000000000000000000000000000000000000;
    parameter INIT_09 = 256'h0000000000000000000000000000000000000000000000000000000000000000;
    parameter INIT_0A = 256'h0000000000000000000000000000000000000000000000000000000000000000;
    parameter INIT_0B = 256'h0000000000000000000000000000000000000000000000000000000000000000;
    parameter INIT_0C = 256'h0000000000000000000000000000000000000000000000000000000000000000;
    parameter INIT_0D = 256'h0000000000000000000000000000000000000000000000000000000000000000;
    parameter INIT_0E = 256'h0000000000000000000000000000000000000000000000000000000000000000;
    parameter INIT_0F = 256'h0000000000000000000000000000000000000000000000000000000000000000;
    parameter INIT_10 = 256'h0000000000000000000000000000000000000000000000000000000000000000;
    parameter INIT_11 = 256'h0000000000000000000000000000000000000000000000000000000000000000;
    parameter INIT_12 = 256'h0000000000000000000000000000000000000000000000000000000000000000;
    parameter INIT_13 = 256'h0000000000000000000000000000000000000000000000000000000000000000;
    parameter INIT_14 = 256'h0000000000000000000000000000000000000000000000000000000000000000;
    parameter INIT_15 = 256'h0000000000000000000000000000000000000000000000000000000000000000;
    parameter INIT_16 = 256'h0000000000000000000000000000000000000000000000000000000000000000;
    parameter INIT_17 = 256'h0000000000000000000000000000000000000000000000000000000000000000;
    parameter INIT_18 = 256'h0000000000000000000000000000000000000000000000000000000000000000;
    parameter INIT_19 = 256'h0000000000000000000000000000000000000000000000000000000000000000;
    parameter INIT_1A = 256'h0000000000000000000000000000000000000000000000000000000000000000;
    parameter INIT_1B = 256'h0000000000000000000000000000000000000000000000000000000000000000;
    parameter INIT_1C = 256'h0000000000000000000000000000000000000000000000000000000000000000;
    parameter INIT_1D = 256'h0000000000000000000000000000000000000000000000000000000000000000;
    parameter INIT_1E = 256'h0000000000000000000000000000000000000000000000000000000000000000;
    parameter INIT_1F = 256'h0000000000000000000000000000000000000000000000000000000000000000;
    parameter INIT_20 = 256'h0000000000000000000000000000000000000000000000000000000000000000;
    parameter INIT_21 = 256'h0000000000000000000000000000000000000000000000000000000000000000;
    parameter INIT_22 = 256'h0000000000000000000000000000000000000000000000000000000000000000;
    parameter INIT_23 = 256'h0000000000000000000000000000000000000000000000000000000000000000;
    parameter INIT_24 = 256'h0000000000000000000000000000000000000000000000000000000000000000;
    parameter INIT_25 = 256'h0000000000000000000000000000000000000000000000000000000000000000;
    parameter INIT_26 = 256'h0000000000000000000000000000000000000000000000000000000000000000;
    parameter INIT_27 = 256'h0000000000000000000000000000000000000000000000000000000000000000;
    parameter INIT_28 = 256'h0000000000000000000000000000000000000000000000000000000000000000;
    parameter INIT_29 = 256'h0000000000000000000000000000000000000000000000000000000000000000;
    parameter INIT_2A = 256'h0000000000000000000000000000000000000000000000000000000000000000;
    parameter INIT_2B = 256'h0000000000000000000000000000000000000000000000000000000000000000;
    parameter INIT_2C = 256'h0000000000000000000000000000000000000000000000000000000000000000;
    parameter INIT_2D = 256'h0000000000000000000000000000000000000000000000000000000000000000;
    parameter INIT_2E = 256'h0000000000000000000000000000000000000000000000000000000000000000;
    parameter INIT_2F = 256'h0000000000000000000000000000000000000000000000000000000000000000;
    parameter INIT_30 = 256'h0000000000000000000000000000000000000000000000000000000000000000;
    parameter INIT_31 = 256'h0000000000000000000000000000000000000000000000000000000000000000;
    parameter INIT_32 = 256'h0000000000000000000000000000000000000000000000000000000000000000;
    parameter INIT_33 = 256'h0000000000000000000000000000000000000000000000000000000000000000;
    parameter INIT_34 = 256'h0000000000000000000000000000000000000000000000000000000000000000;
    parameter INIT_35 = 256'h0000000000000000000000000000000000000000000000000000000000000000;
    parameter INIT_36 = 256'h0000000000000000000000000000000000000000000000000000000000000000;
    parameter INIT_37 = 256'h0000000000000000000000000000000000000000000000000000000000000000;
    parameter INIT_38 = 256'h0000000000000000000000000000000000000000000000000000000000000000;
    parameter INIT_39 = 256'h0000000000000000000000000000000000000000000000000000000000000000;
    parameter INIT_3A = 256'h0000000000000000000000000000000000000000000000000000000000000000;
    parameter INIT_3B = 256'h0000000000000000000000000000000000000000000000000000000000000000;
    parameter INIT_3C = 256'h0000000000000000000000000000000000000000000000000000000000000000;
    parameter INIT_3D = 256'h0000000000000000000000000000000000000000000000000000000000000000;
    parameter INIT_3E = 256'h0000000000000000000000000000000000000000000000000000000000000000;
    parameter INIT_3F = 256'h0000000000000000000000000000000000000000000000000000000000000000;
    parameter INITP_00 = 256'h0000000000000000000000000000000000000000000000000000000000000000;
    parameter INITP_01 = 256'h0000000000000000000000000000000000000000000000000000000000000000;
    parameter INITP_02 = 256'h0000000000000000000000000000000000000000000000000000000000000000;
    parameter INITP_03 = 256'h0000000000000000000000000000000000000000000000000000000000000000;
    parameter INITP_04 = 256'h0000000000000000000000000000000000000000000000000000000000000000;
    parameter INITP_05 = 256'h0000000000000000000000000000000000000000000000000000000000000000;
    parameter INITP_06 = 256'h0000000000000000000000000000000000000000000000000000000000000000;
    parameter INITP_07 = 256'h0000000000000000000000000000000000000000000000000000000000000000;

    output [7:0] DOA;
    output [0:0] DOPA;
    output [15:0] DOB;
    output [1:0] DOPB;

    input [10:0] ADDRA;
    input [7:0] DIA;
    input [0:0] DIPA;
    input ENA, CLKA, WEA, SSRA;
    input [9:0] ADDRB;
    input [15:0] DIB;
    input [1:0] DIPB;
    input ENB, CLKB, WEB, SSRB;



endmodule

`endif